Annual administration report of the Civil Veterinary Department of India - 1909-1910
Year: 1909
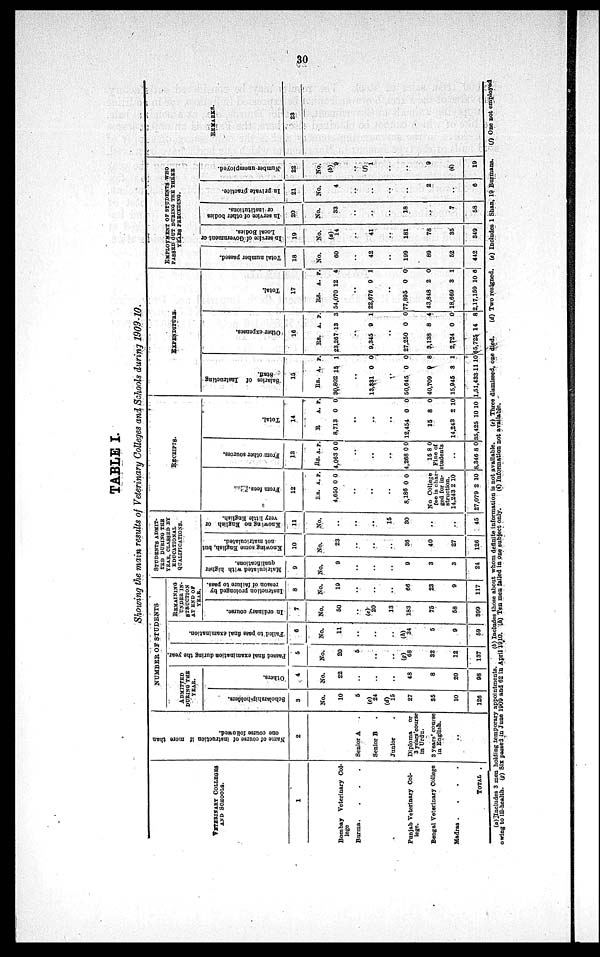
30
TABLE I.
Showing the main results of Veterinary Colleges and Schools during 1909-10.
VETERINARY COLLEGES
AND SCHOOLS.
1
Bombay Veterinary Col-
lege
Burma. . . .
Punjab Veterinary Col-
lege.
Bengal Veterinary College
Madras .
.
.
.
TOTAL .
Name of course of instruction if more than
one course followed.
2
Senior A .
Senior B .
Junior .
Diploma or
3 years' course
in Urdu.
3 years' course
in English.
..
NUMBER OF STUDENTS
ADMITTED
DURING THE
YEAR.
Scholarship-holders.
3
No.
10
5
(c)
24
(d)
15
27
35
10
126
Others.
4
No.
22
..
..
..
48
8
20
98
Passed final examination during the year.
5
No.
20
5
..
..
(g)
68
32
12
137
Failed to pass final examination.
6
No.
11
..
..
..
(h)
34
5
9
59
REMAINING
UNDER IN-
STRUCTION
AT END OF
YEAR.
In ordinary course.
7
No.
50
..
(e)
20
13
183
75
58
399
Instruction prolonged by
reason of failure to pass.
8
No.
19
..
..
..
66
23
9
117
STUDENTS
ADMIT-
--- DURING THE
YEAR, CLASSED BY
EDUCATIONAL
QUALIFICATIONS.
Matriculated with higher
qualifications.
9
No.
9
..
..
..
9
3
3
24
Knowing some English, but
not matriculated.
10
No.
23
..
..
..
36
40
27
126
Knowing no English or
very little English.
11
No.
..
..
..
15
30
..
..
45
RECEIPTS.
From fees.
12
Rs.
4,650
..
..
..
8,186
A.
0
0
P.
0
0
No College
fee is char-
ged for in-
struction.
14,243
27,079
2
2
10
10
From other sources.
13
Rs.
4,063
..
..
..
4,268
A
0
0
P.
0
0
1580
Fine of
students
..
8,346 8 0
Total.
14
R
8,713
..
..
..
12,454
15
14,243
35,425
A
0
0
8
2
10
P.
0
0
0
10
10
EXPENDITURE.
Salaries of Instructing
Staff.
15
Rs.
30,802
..
13,331
..
50,645
40,709
15,945
1,51,433
A.
15
0
0
0
3
11
P.
1
0
0
8
1
10
Other expenses.
16
Rs.
23,267
..
9,345
..
27,250
3,138
2,724
65,725
A.
13
9
0
8
0
14
P.
3
1
0
4
0
8
Total.
17
Rs.
54,070
..
22,676
..
77,895
43,848
18,669
2,17,159
A.
12
9
0
2
3
10
P.
4
1
0
0
1
6
EMPLOYMENT OF STUDENTS WHO
PASSED OUT DURING THE THREE
YEARS PRECEDING.
Total number passed.
18
No.
60
..
42
..
199
89
52
442
In service of Government or
Local Bodies.
19
No.
(a) 14
..
41
..
181
78
35
349
In service of other bodies
or institutions.
20
No.
33
..
..
..
18
..
7
58
In private practice.
21
No.
4
..
..
..
..
2
..
6
Number unemployed.
22
No.
(b)
9
..
(f)
1
..
..
9
(i)
19
REMARKS.
23
(a) Includes 3 men holding temporary appointments.
(b) Includes those about whom definite information is not available.
(c) Three dismissed, one died.
(d) Two resigned. (c) Includes 1 Shan, 19 Burmans.
(f) One not employed
owing to ill-health. (g) Six passed in June 1909 and 62 in April 1910. (h) Ten men failed in one subject only.
(i) Information not available.